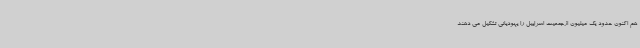
هم اکنون حدود یک میلیون ازجمعیت اسراییل را یهودیانی تشکیل می دهند